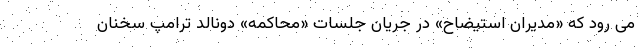
می رود که «مدیران استیضاح» در جریان جلسات «محاکمه» دونالد ترامپ سخنان